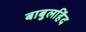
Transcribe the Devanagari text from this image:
बाबुलहिंद